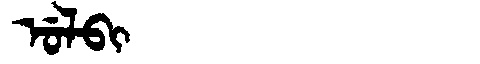
Manchu: ᡠᠯᠪᡳ
Romanization: ULBI